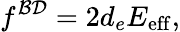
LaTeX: f^{{\cal B}{\cal D}}=2d_{e}E_{\mathrm{eff}},